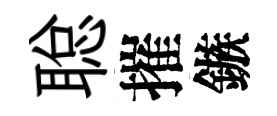
聪摧鏃